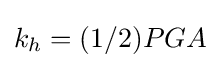
{\textstyle k_{h}=(1/2)PGA}